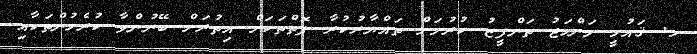
ށ. ޤައުމީ މަންހަޖު ތަންފީޒު ކުރުމަށް ތައްޔާރުކުރާ ފޮތްތަކަށް އިތުރަށް ބޭނުންވާ ކުރެހުންތަކާއި